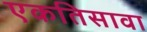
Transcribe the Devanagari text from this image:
एकतिसावा